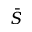
\bar { S }